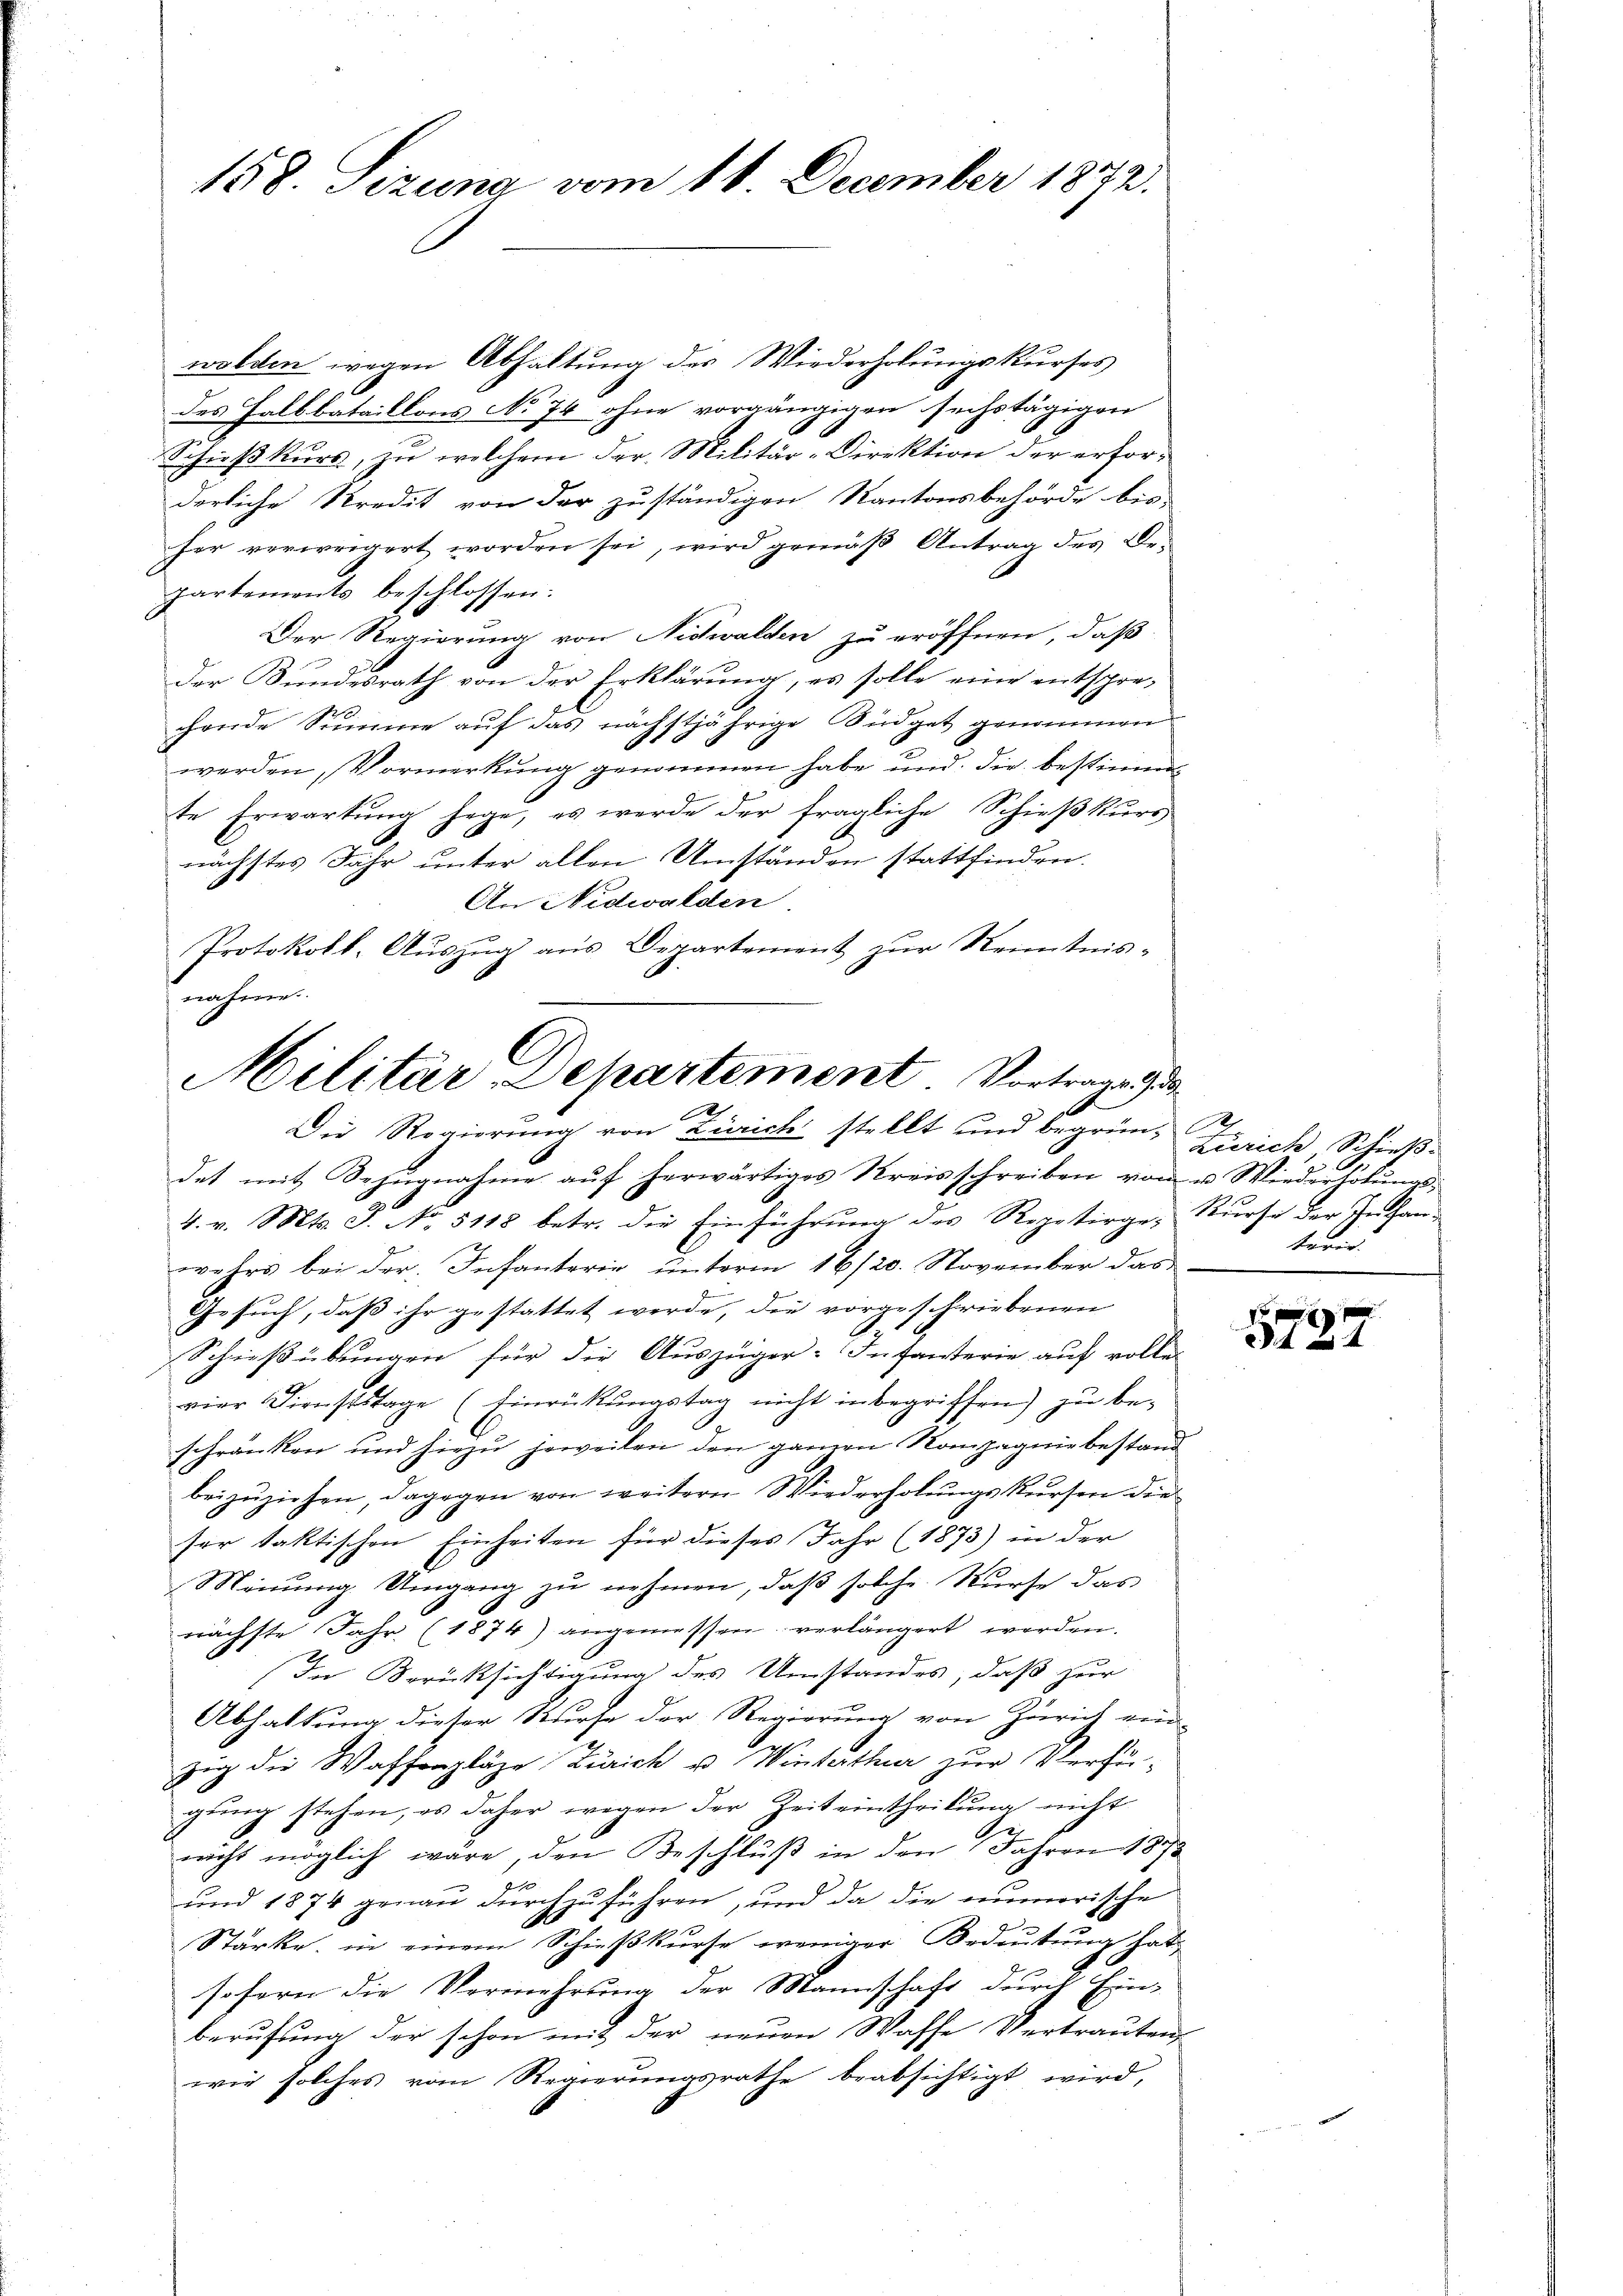
158. Sizung vom 16. December 1872.

wolden wegen Abhaltung des Wiederholungskurses
des Halbbataillons No 74 ohne vorgängigen sechstägigen
Schießkurs, zu welchem der Militär-Direktion der erforderliche Predit von der zuständigen Kantonsbehörde bis-
her verweigert worden sei, wird gemäß Antrag des Bepartements beschlossen:
Der Regierung von Nidwalden zu eröffnen, daß
Der Bundesrath von der Erklärung, es solle eine entsprechende Summe auf das nächstjährige Südget genommen
werden, Vormerkung genommen habe und die bestimmte Erwartung sage, es werde der fragliche Schießkurs
nächstes Jahr unter allen Umständen stattfinden.
An Nidwalden.
Protokoll, Auszug aus Departement zur Kenntnisnahme

Militär Departement Vortrage u
Die Regierung von Zürich stellt und begrün-

det mit Bezugnahme aŭf herwärtiges Kreisschreiben von u Wiederholungs¬
4. v. Mts. S. No. 5118 betr. die Einführŭng des Repetirge, Kŭrse der Inhan-
wehrs bei der Infanterie unterm 16/20. November das
z
Gesuch, daß ihr gestattet werde, die vorgeschriebenen
F
Schießübungen für die Auszüger-Infanterie auf volle
vier Dienststage (Einrückungstag nicht inbegriffen) zu be-
schränken und hiezu jeweilen den ganzen Rompagnie bestand
beizŭziehen, dagegen von weitern Wiederholŭngskŭrsen die
ser taktischen Einheiten für dieses Jahr (1873) in der
Minung Umgang zu nehmen, daß solche Nurse das
nächste Jahr (1874) angemessen verlängert werden.
In Berücksichtigung des Umstandes, daß zur
Abhaltung dieser Kurse der Regierung von Zürich ein-
zig die Waffenpläge Zürich u. Winterthur zur Verfü-
gŭng stehen, es daher wegen der Zeit eintheilung nicht
nicht möglich wäre, den Beschlŭβ in den Jahren 1873
2
und 1874 genau durchzuführen, und da die numerische
Stärke, in einem Schießkurse weniger Bedeutung hat,
Re
sofern die Vermehrung der Mannschaft durch Ein-
berufung der schon mit der neuen Waffe Vertrauten
wie solches vom Regierungsrathe beabsichtigt wird,

x
.44

Zürich, Schieß
teris